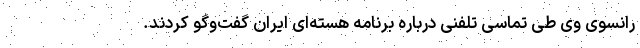
رانسوی وی طی تماسی تلفنی درباره برنامه هسته‌ای ایران گفت‌وگو کردند.